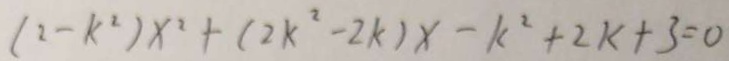
( 2 - k ^ { 2 } ) x ^ { 2 } + ( 2 k ^ { 2 } - 2 k ) x - k ^ { 2 } + 2 k + 3 = 0